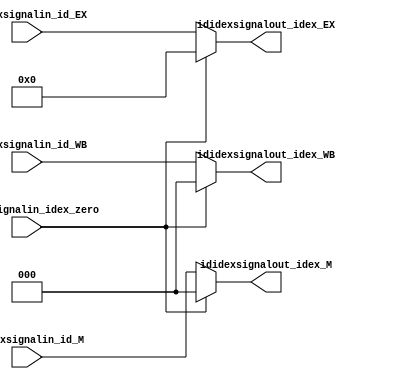
module ID_IDEX_SIGNAL(
    input [4:0] ididexsignalin_id_EX,
    input [2:0] ididexsignalin_id_M,
    input [2:0] ididexsignalin_id_WB,
    input ididexsignalin_idex_zero,

    output [4:0] ididexsignalout_idex_EX,
    output [2:0] ididexsignalout_idex_M,
    output [2:0] ididexsignalout_idex_WB
);

    reg [4:0] idex_EX_reg;
    reg [2:0] idex_M_reg;
    reg [2:0] idex_WB_reg;

    always @(*) begin 
        if (ididexsignalin_idex_zero == 1'b1) begin
            idex_EX_reg = 5'b00000;
            idex_M_reg = 3'b000;
            idex_WB_reg = 3'b000;
        end else begin
            idex_EX_reg = ididexsignalin_id_EX;
            idex_M_reg = ididexsignalin_id_M;
            idex_WB_reg = ididexsignalin_id_WB;
        end 
    end

    assign ididexsignalout_idex_EX = idex_EX_reg;
    assign ididexsignalout_idex_M = idex_M_reg;
    assign ididexsignalout_idex_WB = idex_WB_reg;

endmodule